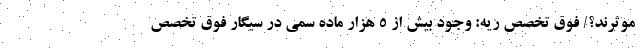
موثرند؟/ فوق تخصص ریه: وجود بیش از 5 هزار ماده سمی در سیگار فوق تخصص